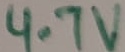
Text: 4.7V